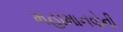
મહામાનવોની